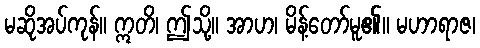
မဆိုအပ်ကုန်။ ဣတိ၊ ဤသို့။ အာဟ၊ မိန့်တော်မူ၏။ မဟာရာဇ၊